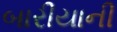
બારીયાની